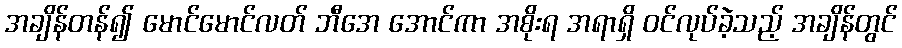
အချိန်တန်၍ မောင်မောင်လတ် ဘီအေ အောင်ကာ အစိုးရ အရာရှိ ဝင်လုပ်ခဲ့သည့် အချိန်တွင်